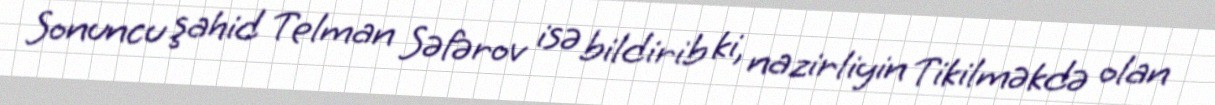
Sonuncu şahid Telman Səfərov isə bildirib ki, nazirliyin Tikilməkdə olan